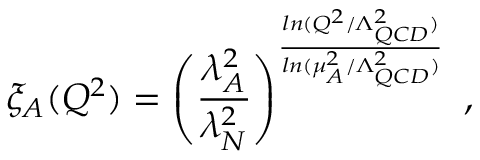
\xi _ { A } ( Q ^ { 2 } ) = \left( \frac { \lambda _ { A } ^ { 2 } } { \lambda _ { N } ^ { 2 } } \right) ^ { \frac { l n ( Q ^ { 2 } / \Lambda _ { Q C D } ^ { 2 } ) } { l n ( \mu _ { A } ^ { 2 } / \Lambda _ { Q C D } ^ { 2 } ) } } ~ ,